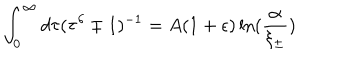
\int _ { 0 } ^ { \infty } d \tau ( \tau ^ { \delta } \mp 1 ) ^ { - 1 } = A ( 1 + \epsilon ) \ln ( \frac { \alpha } { \xi _ { \pm } } )